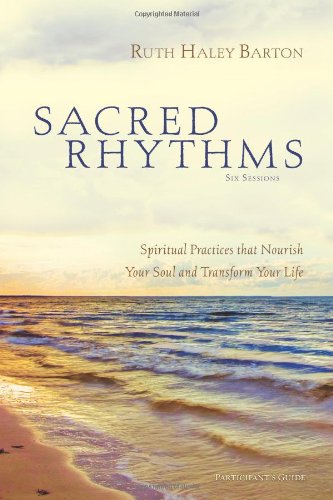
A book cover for Sacred Rhythms Participant's Guide: Spiritual Practices that Nourish Your Soul and Transform Your Life; Ruth Haley Barton; Christian Books & Bibles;